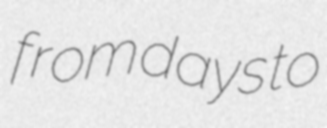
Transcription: from days to